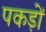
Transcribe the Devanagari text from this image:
पकड़ों